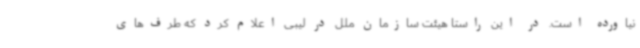
نیاورده است. در این راستا هیئت سازمان ملل در لیبی اعلام کرد که طرف‌های